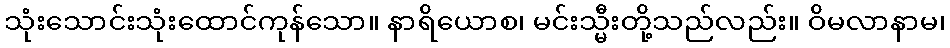
သုံးသောင်းသုံးထောင်ကုန်သော။ နာရိယောစ၊ မင်းသ္မီးတို့သည်လည်း။ ဝိမလာနာမ၊